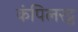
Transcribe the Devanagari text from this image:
कंपिलरट्ठ